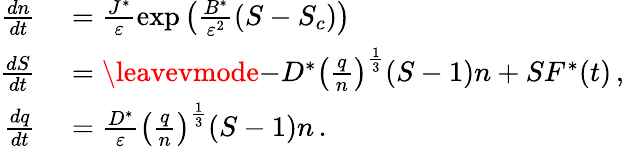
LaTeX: \begin{array}{rl}{{\frac{dn}{dt}}}&{{}=\frac{J^{*}}{{\varepsilon}}\exp\left(\frac{B^{*}}{{\varepsilon}^{2}}(S-S_{c})\right)}\\ {{\frac{dS}{dt}}}&{{}=\leavevmode{-D^{*}\left(\frac{q}{n}\right)^{\frac{1}{3}}(S-1)n+SF^{*}(t)}\, ,}\\ {{\frac{dq}{dt}}}&{{}=\frac{D^{*}}{{\varepsilon}}\left(\frac{q}{n}\right)^{\frac{1}{3}}(S-1)n\, .}\end{array}